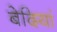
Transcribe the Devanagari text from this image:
बेदियां